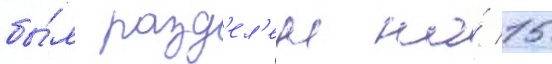
бы́л разд'ел'ен на́ 15